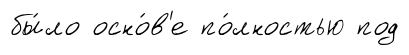
бы́ло осно́в'е по́лностью под